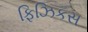
ફિઝિકસ